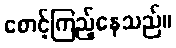
စောင့်ကြည့်နေသည်။